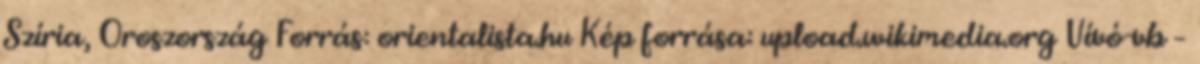
Szíria, Oroszország Forrás: orientalista.hu Kép forrása: upload.wikimedia.org Vívó-vb –